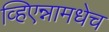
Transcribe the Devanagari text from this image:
व्हिएन्नामधेच